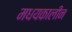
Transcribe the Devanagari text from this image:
मधयकालीन